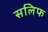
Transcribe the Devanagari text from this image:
सलिफ